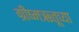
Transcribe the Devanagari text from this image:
ग्रीष्मऋतूच्या